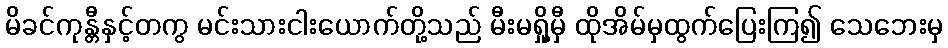
မိခင်ကုန္တီနှင့်တကွ မင်းသားငါးယောက်တို့သည် မီးမရှို့မှီ ထိုအိမ်မှထွက်ပြေးကြ၍ သေဘေးမှ